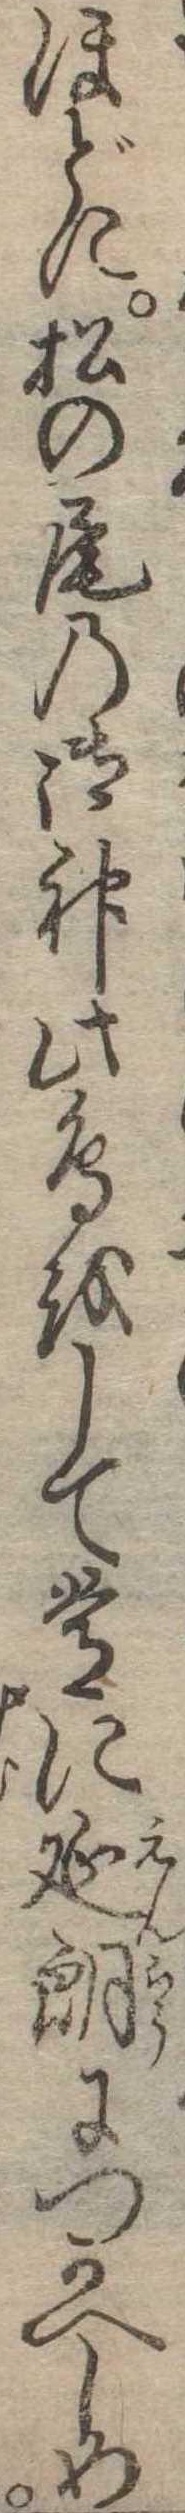
ほどに松の尾の御神此鳥をして常に延朗につかへしめ